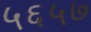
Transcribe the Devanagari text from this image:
५६५७